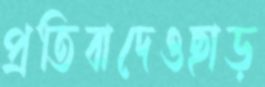
প্রতিবাদেওছাড়